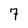
Character: 7